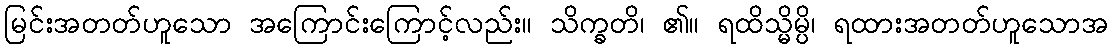
မြင်းအတတ်ဟူသော အကြောင်းကြောင့်လည်း။ သိက္ခတိ၊ ၏။ ရထိသ္မိမ္ပိ၊ ရထားအတတ်ဟူသောအ